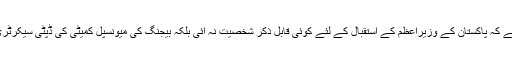
تفصیلات کے مطابق پاکستان اور چین کی تاریخ میں پہلی بار ایسا ہوا ہے کہ پاکستان کے وزیراعظم کے استقبال کے لئے کوئی قابل ذکر شخصیت نہ آئی بلکہ بیجنگ کی میونسپل کمیٹی کی ڈپٹی سیکرٹری لی لیفنگ نے وزیراعظم عمران خان کو ائیرپورٹ پر خوش آمدید کہا۔